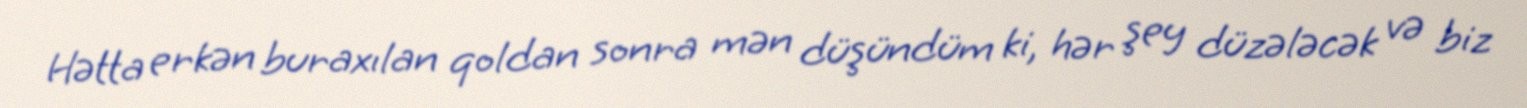
Hətta erkən buraxılan qoldan sonra mən düşündüm ki, hər şey düzələcək və biz